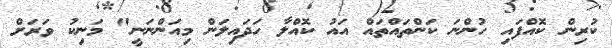
ކުރިން ކޮއްފައި ހުންނަ ކަންތައްތައް އައު ކޮއްލާ ހަދައިލަން މިއަންނަނީ" މަނިކު ވަރަށް